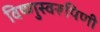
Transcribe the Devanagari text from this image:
विष्णुस्वरूपिणी